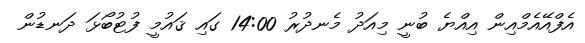
އެފްއޭއެމްއިން އިއްޔެ ބުނީ މިއަދު މެނދުރު 14:00 ގައި ޤައުމީ ފުޓުބޯޅަ ދަނޑުން